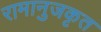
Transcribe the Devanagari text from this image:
रामानुजकृत